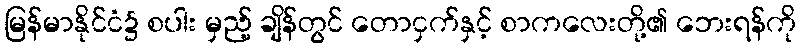
မြန်မာနိုင်ငံ၌ စပါး မှည့် ချိန်တွင် တောငှက်နှင့် စာကလေးတို့၏ ဘေးရန်ကို